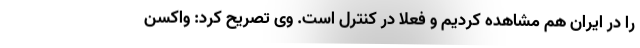
را در ایران هم‌ مشاهده کردیم و فعلا در کنترل است. وی تصریح کرد: واکسن